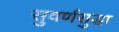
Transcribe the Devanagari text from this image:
सुवर्णसुद्धा